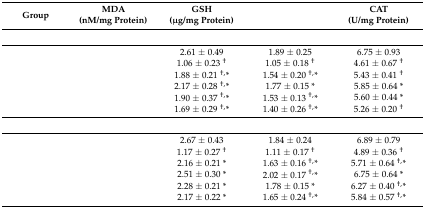
<table><thead><tr><td><b>Group</b></td><td><b>MDA(nM/mg Protein)</b></td><td><b>GSH(μg/mg Protein)</b></td><td>[EMPTY_CELL]</td><td><b>CAT(U/mg Protein)</b></td></tr></thead><tbody><tr><td colspan="2">[EMPTY_CELL]</td><td>[EMPTY_CELL]</td><td>[EMPTY_CELL]</td><td>[EMPTY_CELL]</td></tr><tr><td>[EMPTY_CELL]</td><td>[EMPTY_CELL]</td><td>2.61 ± 0.49</td><td>1.89 ± 0.25</td><td>6.75 ± 0.93</td></tr><tr><td>[EMPTY_CELL]</td><td>[EMPTY_CELL]</td><td>1.06 ± 0.23 <sup>†</sup></td><td>1.05 ± 0.18 <sup>†</sup></td><td>4.61 ± 0.67 <sup>†</sup></td></tr><tr><td>[EMPTY_CELL]</td><td>[EMPTY_CELL]</td><td>1.88 ± 0.21 <sup>†,</sup>*</td><td>1.54 ± 0.20 <sup>†,</sup>*</td><td>5.43 ± 0.41 <sup>†</sup></td></tr><tr><td>[EMPTY_CELL]</td><td>[EMPTY_CELL]</td><td>2.17 ± 0.28 <sup>†,</sup>*</td><td>1.77 ± 0.15 *</td><td>5.85 ± 0.64 *</td></tr><tr><td>[EMPTY_CELL]</td><td>[EMPTY_CELL]</td><td>1.90 ± 0.37 <sup>†,</sup>*</td><td>1.53 ± 0.13 <sup>†,</sup>*</td><td>5.60 ± 0.44 *</td></tr><tr><td>[EMPTY_CELL]</td><td>[EMPTY_CELL]</td><td>1.69 ± 0.29 <sup>†,</sup>*</td><td>1.40 ± 0.26 <sup>†,</sup>*</td><td>5.26 ± 0.20 <sup>†</sup></td></tr><tr><td colspan="2">[EMPTY_CELL]</td><td>[EMPTY_CELL]</td><td>[EMPTY_CELL]</td><td>[EMPTY_CELL]</td></tr><tr><td>[EMPTY_CELL]</td><td>[EMPTY_CELL]</td><td>2.67 ± 0.43</td><td>1.84 ± 0.24</td><td>6.89 ± 0.79</td></tr><tr><td>[EMPTY_CELL]</td><td>[EMPTY_CELL]</td><td>1.17 ± 0.27 <sup>†</sup></td><td>1.11 ± 0.17 <sup>†</sup></td><td>4.89 ± 0.36 <sup>†</sup></td></tr><tr><td>[EMPTY_CELL]</td><td>[EMPTY_CELL]</td><td>2.16 ± 0.21 *</td><td>1.63 ± 0.16 <sup>†,</sup>*</td><td>5.71 ± 0.64 <sup>†,</sup>*</td></tr><tr><td>[EMPTY_CELL]</td><td>[EMPTY_CELL]</td><td>2.51 ± 0.30 *</td><td>2.02 ± 0.17 <sup>†,</sup>*</td><td>6.75 ± 0.64 *</td></tr><tr><td>[EMPTY_CELL]</td><td>[EMPTY_CELL]</td><td>2.28 ± 0.21 *</td><td>1.78 ± 0.15 *</td><td>6.27 ± 0.40 <sup>†,</sup>*</td></tr><tr><td>[EMPTY_CELL]</td><td>[EMPTY_CELL]</td><td>2.17 ± 0.22 *</td><td>1.65 ± 0.24 <sup>†,</sup>*</td><td>5.84 ± 0.57 <sup>†,</sup>*</td></tr></tbody></table>